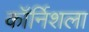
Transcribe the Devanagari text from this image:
कॉर्निशला